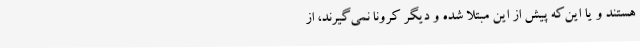
هستند و یا این‌که پیش از این مبتلا شده و دیگر کرونا نمی‌گیرند، از